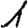
Digit: 1